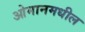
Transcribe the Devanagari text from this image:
ओमानमधील